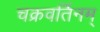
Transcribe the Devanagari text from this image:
चक्रवर्तिनम्